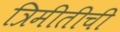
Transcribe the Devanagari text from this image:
त्रिमीतीची